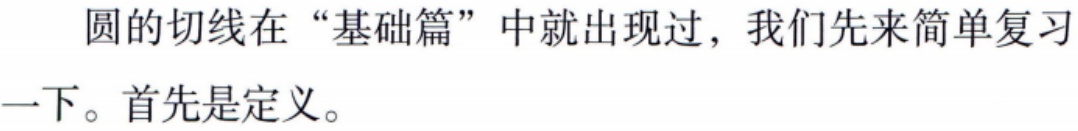
圆的切线在“基础篇”中就出现过，我们先来简单复习一下。首先是定义。